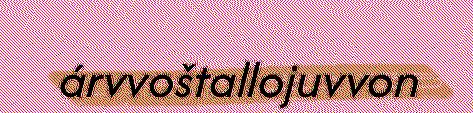
árvvoštallojuvvon